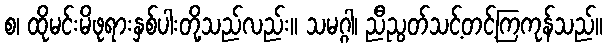
စ၊ ထိုမင်းမိဖုရားနှစ်ပါးတို့သည်လည်း။ သမဂ္ဂါ၊ ညီညွတ်သင့်တင့်ကြကုန်သည်။